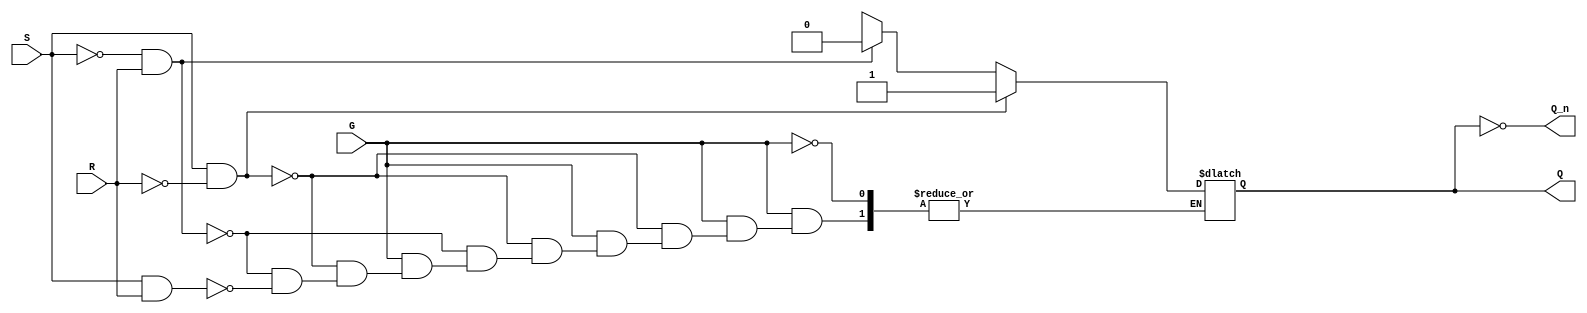
module gated_sr_latch (
    input wire S,      // Set input
    input wire R,      // Reset input
    input wire G,      // Enable input
    output reg Q,      // Output Q
    output wire Q_n    // Complementary output Q
);

// Complementary output
assign Q_n = ~Q;

// Always block to implement the latch behavior
always @(*) begin
    if (G) begin
        if (S && ~R) begin
            Q = 1'b1;  // Set state
        end else if (~S && R) begin
            Q = 1'b0;  // Reset state
        end else if (S && R) begin
            // Indeterminate state, can be handled as needed
            Q = 1'bx;  // Indeterminate state (optional)
        end
        // If both S and R are low, maintain current state
    end
    // When G is low, retain the previous state of Q
end

endmodule